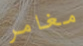
مغامر